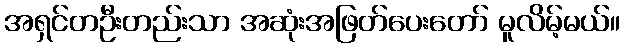
အရှင်တဦးတည်းသာ အဆုံးအဖြတ်ပေးတော် မူလိမ့်မယ်။